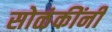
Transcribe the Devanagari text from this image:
सोळंकींनी